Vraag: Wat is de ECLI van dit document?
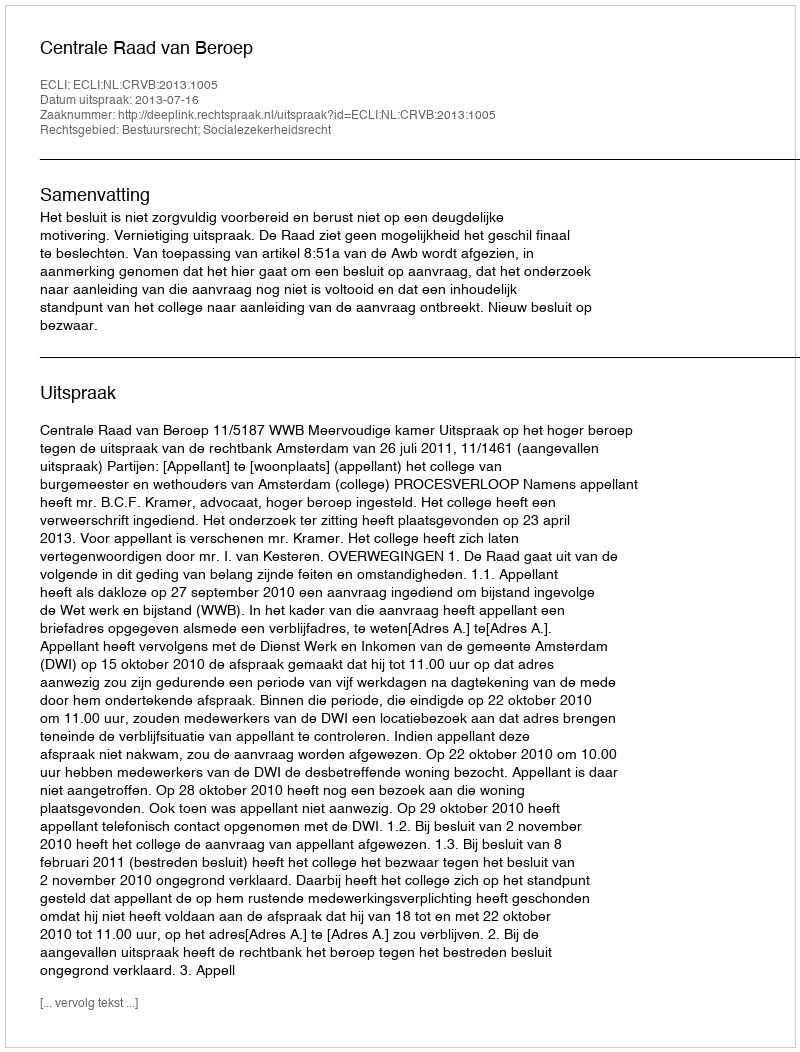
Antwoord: ECLI:NL:CRVB:2013:1005